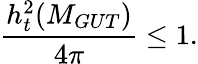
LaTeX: \frac{h_{t}^{2}(M_{GUT})}{4\pi}\leq 1.